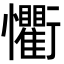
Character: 𭟨